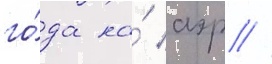
го́да на́ аэр //